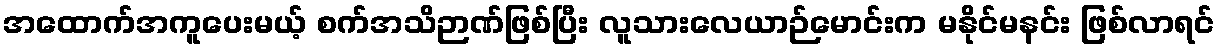
အထောက်အကူပေးမယ့် စက်အသိဉာဏ်ဖြစ်ပြီး လူသားလေယာဉ်မောင်းက မနိုင်မနင်း ဖြစ်လာရင်